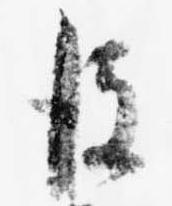
彼